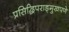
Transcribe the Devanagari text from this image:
प्रसिद्धिपराङ्‌मुखपणे